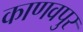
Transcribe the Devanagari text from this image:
काणवपुर